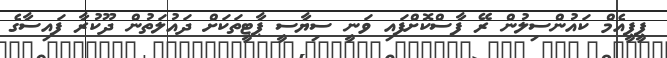
ޕީޕީއެމް ކައުންސިލުން ރޭ ފާސްކޮށްފައި ވަނީ ސިޔާސީ ޕާޓީތަކަށް ދައުލަތުން ދޫކުރާ ފައިސާގެ